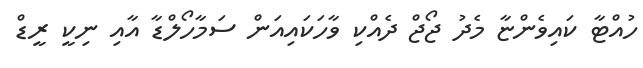
ހުއްޓާ ކައިވެންޏާ މެދު ޖޯޖް ދެއްކި ވާހަކައިއަން ސަމާހޯލްޑާ އާއި ނިކީ ރީޑް